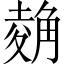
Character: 𧤂